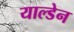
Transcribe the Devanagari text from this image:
याल्डेन